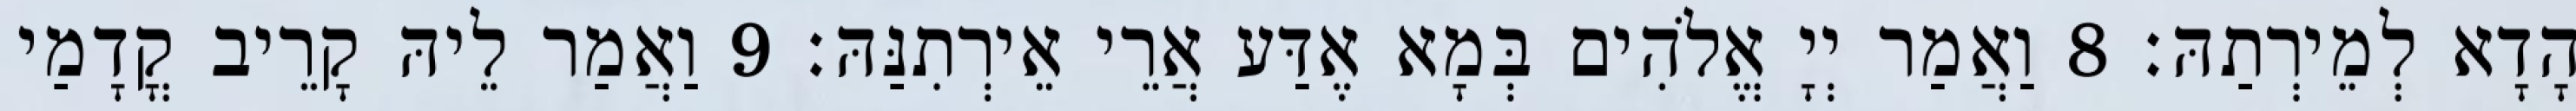
הָדָא לְמֵירְתַהּ׃ 8 וַאֲמַר יְיָ אֱלֹהִים בְּמָא אֶדַּע אֲרֵי אֵירְתִנַּהּ׃ 9 וַאֲמַר לֵיהּ קָרֵיב קֳדָמַי